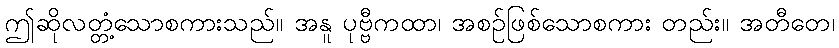
ဤဆိုလတ္တံ့သောစကားသည်။ အနူ ပုဗ္ဗီကထာ၊ အစဉ်ဖြစ်သောစကား တည်း။ အတီတေ၊